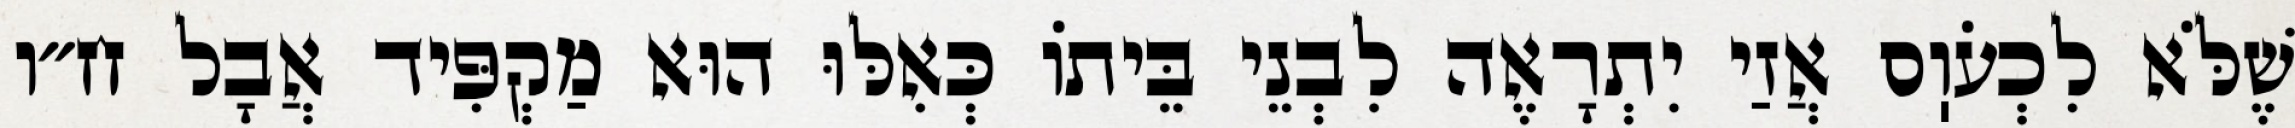
שֶׁלֹּא לִכְעֹוֽס אֲזַי יִתְרָאֶה לִבְנֵי בֵּיתוֹ כְּאִלּוּ הוּא מַקְפִּיד אֲבָל ח״ו